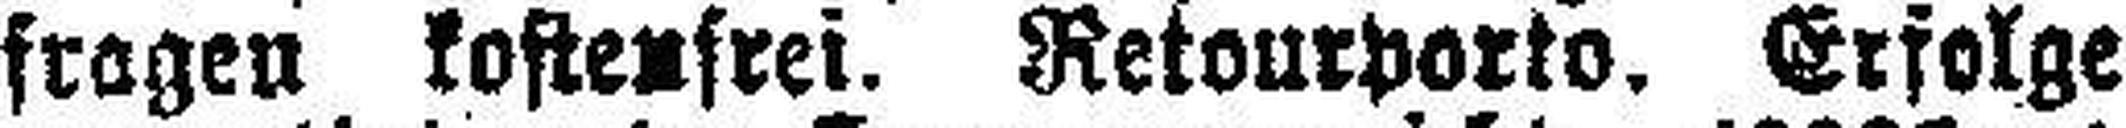
fragen kostenfrei. Retourporto, Erfolge